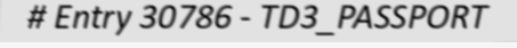
# Entry 30786 - TD3_PASSPORT